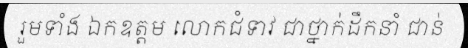
រួមទាំង ឯកឧត្តម លោកជំទាវ ជាថ្នាក់ដឹកនាំ ជាន់